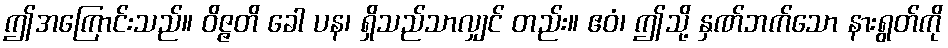
ဤအကြောင်းသည်။ ဝိဇ္ဇတိ ခေါ ပန၊ ရှိသည်သာလျှင် တည်း။ ဧဝံ၊ ဤသို့ နှဏ်ဘက်သော နားရွတ်ကို